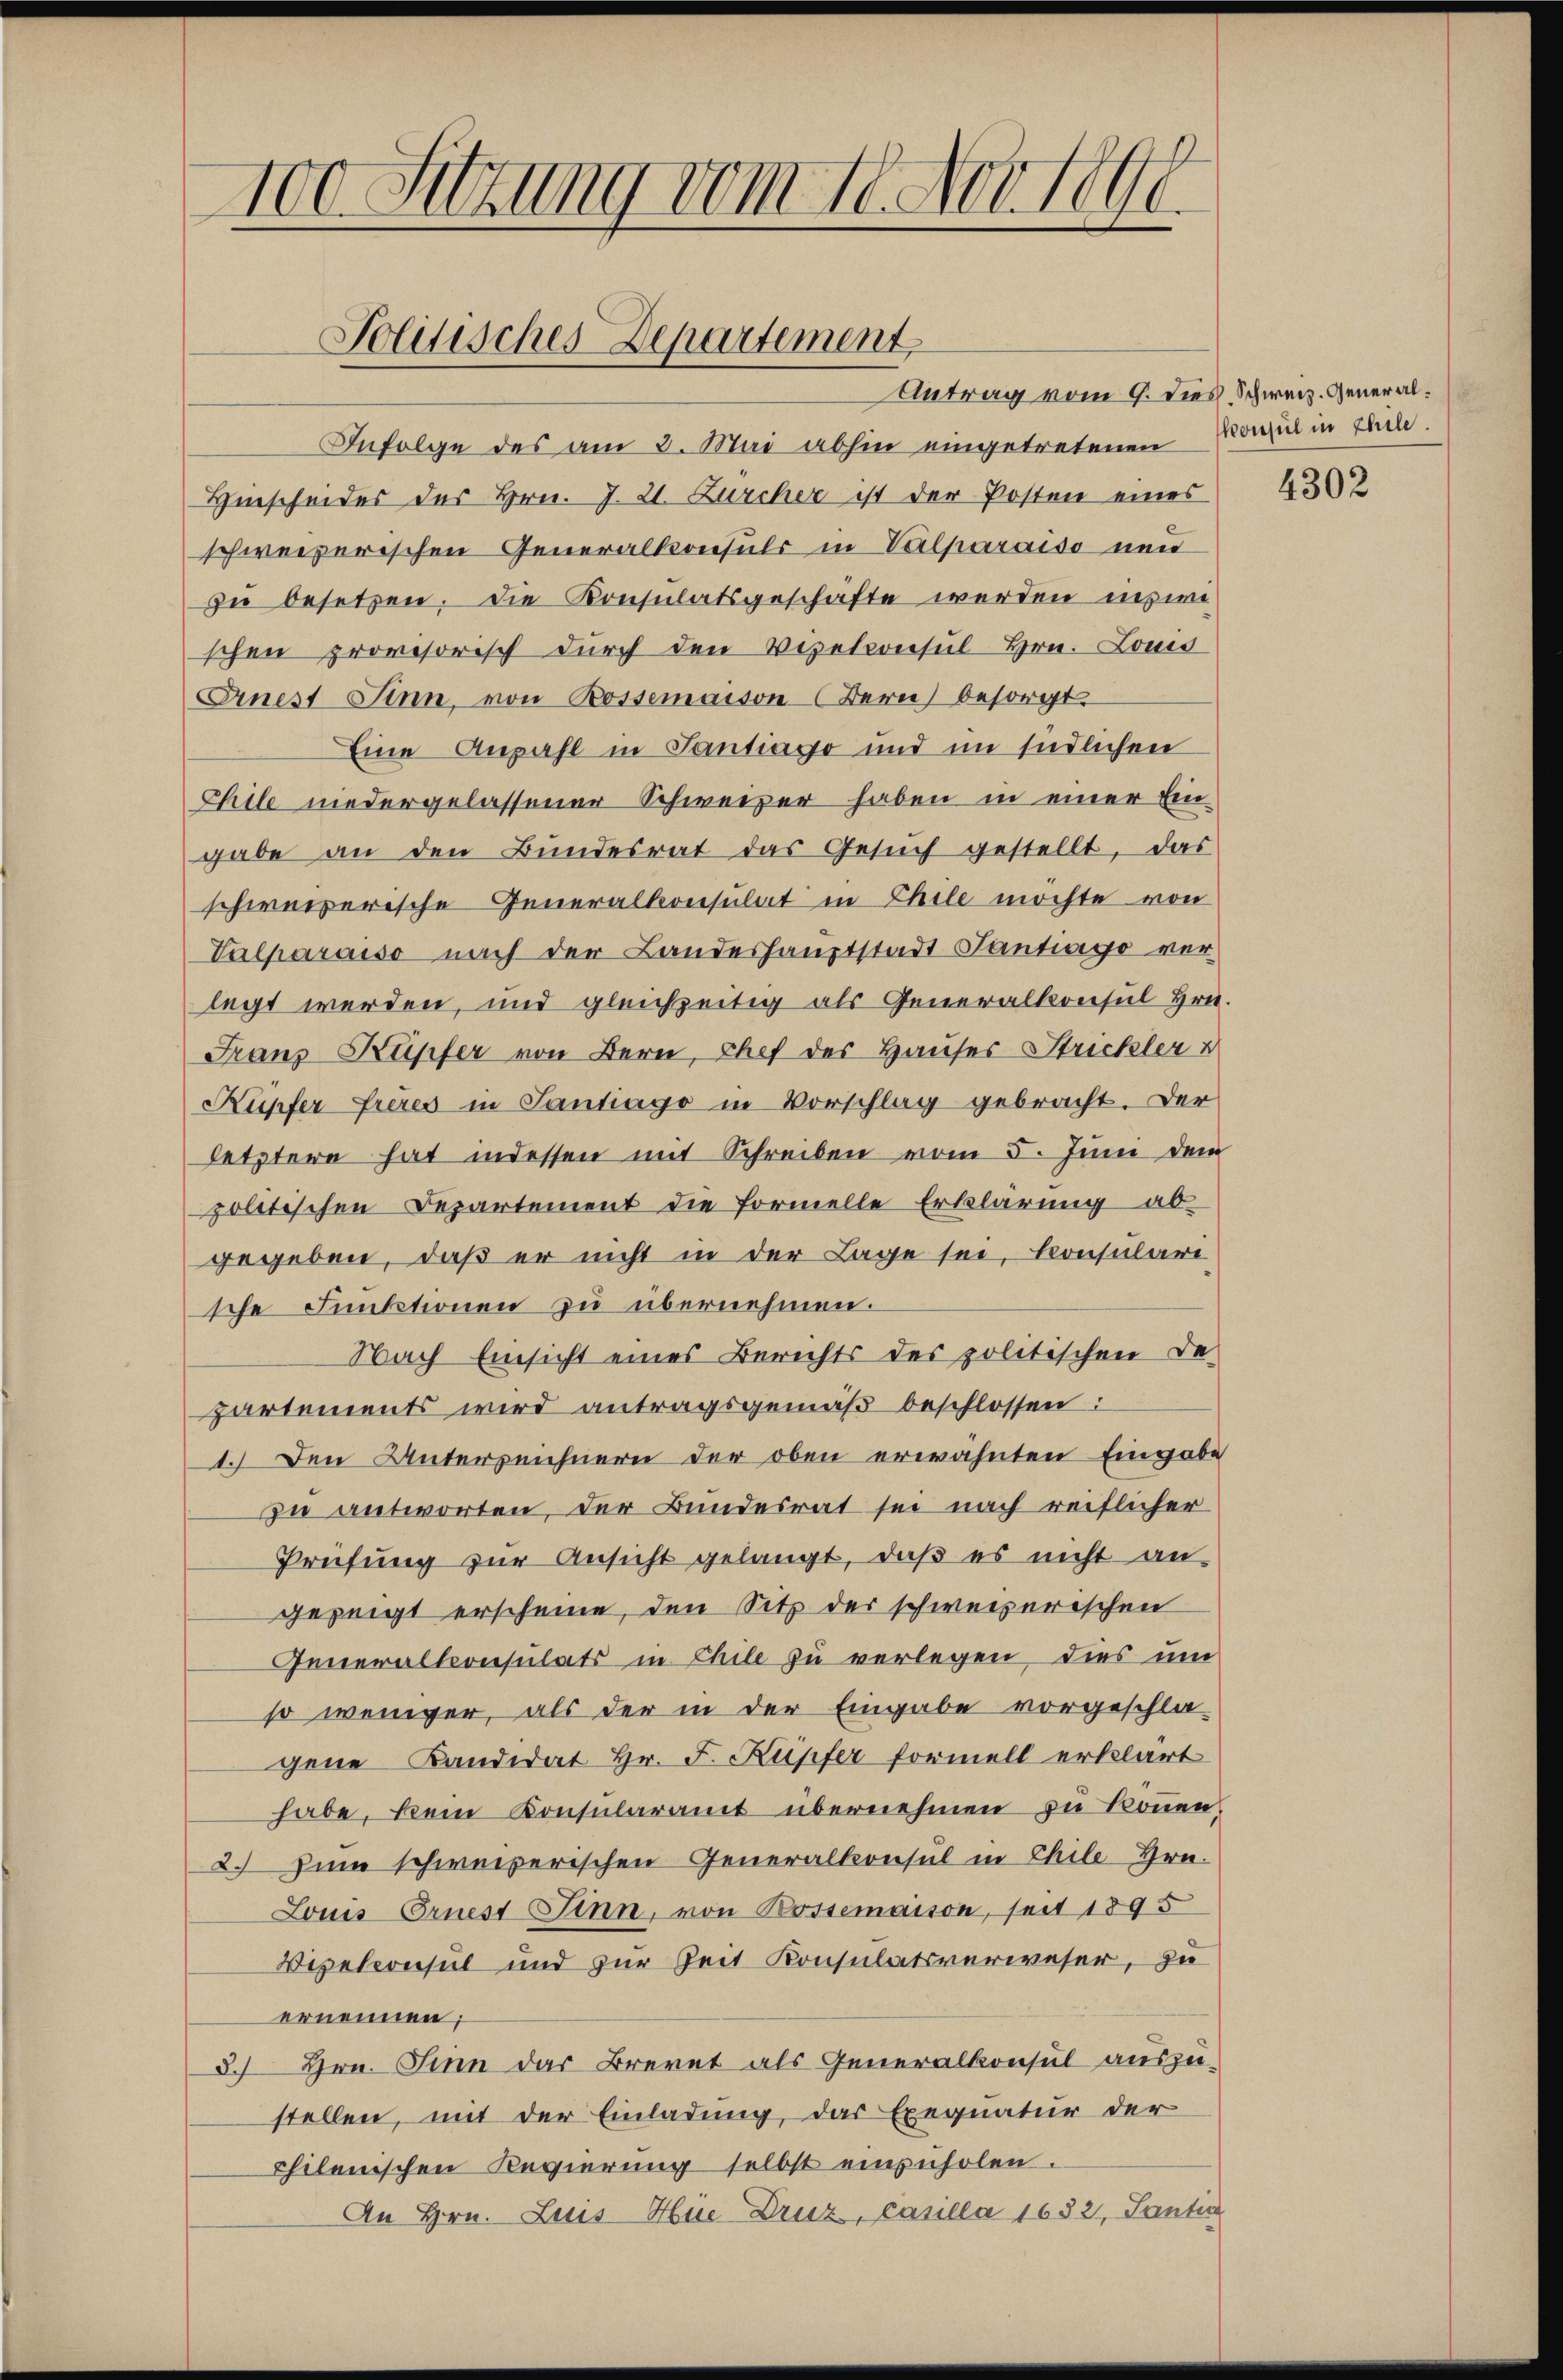
100. Sitzung vom 18. Nov 189

Politisches Departement

Antrag vom 9. dies, Schweiz. General¬
Infolge des am 2. Mai abhin eingetretenen Paul in Elle.
Hinscheides des Hrn. J. 21. Zürcher ist der Posten eines
schweizerischen Generalkonsuls in Valparaiso neu
zu besetzen. Die Konsulatsgeschäfte werden inswe
schen provisorisch durch den Vizekonsul Hrn. Louis
rnest Sinn, von Rossemaison Bern besorgt.
Eine Anzahl in Tantiavo und im Endlichen
Chile niedergelassener Schweizer haben in einer Ein-
gabe an den Bŭndesrat das Gesŭch gestellt, das
schweizerische Generalkonsulat in Chile möchte von
Valparaiso nach der Landeshauptstadt Santiago ver
legt werden, und gleichzeitig als Generalkonsul Hrn.
Franz Kupfer von Bern, Chef des Hauses Strickler
Küpfer freres in Santiago in Vorschlag gebracht. Der
letztere hat indessen mit Schreiben vom 5. Juni dem
politischen Departement die formelle Erklärung ab-
gegeben, daß er nicht in der Lage sei, konsulare
sche Funktionen zu übernehmen.
Nach Einsicht eines Berichts des politischen De-
partements wird antragsgemäß beschlossen:
1.) Den Unterzeichnern der oben erwähnten Eingabe
zu antworten, der Bundesrat sei nach reiflicher
Prüfŭng zŭr Ansicht gelangt, daβ es nicht an
gezeigt erscheine, den Sitz der schweizerischen
Generalkonsulats in Chile zu verlegen, dies um
so weniger, als der in der Eingabe vorgeschla-
gene Kandidat Hr. F. Kupfer formell erklärt
habe, kein Konsularamt übernehmen zu können,
2. Zum schweizerischen Generalkonsul in Chile-Hrn.
Louis Ernest Sinn, von Bossemaison, seit 1895
Dipekonsul und zur Zeit Konsulatsverweser, zu
ernennen;
3.) Hrn. Sinn das Brevet als Generalkonsul auszustellen, mit der Einladung, das Exequatur der
chilenischen Regierung selbst einzuholen.
An Hrn. Luis-Hie Druz, Casilla 1652, Santin

4302